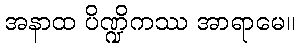
အနာထ ပိဏ္ဍိကဿ အာရာမေ။